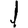
Digit: 1